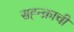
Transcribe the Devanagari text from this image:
सह्न्क्राची